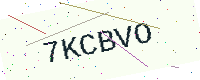
Text: 7KCBVO